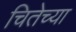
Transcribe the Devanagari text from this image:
चितेच्या